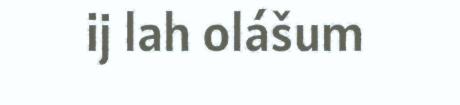
ij lah olášum